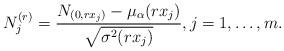
LaTeX: \begin{align*}N_{j}^{(r)} = \frac{N_{(0,rx_{j})}-\mu_{\alpha}(rx_{j})}{\sqrt{\sigma^{2}(rx_{j})}}, j=1,\ldots,m.\end{align*}